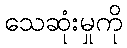
သေဆုံးမှုကို